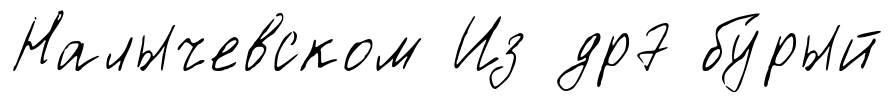
Налычевском Из др7 бу́рый